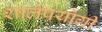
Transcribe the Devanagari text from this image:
शालेपयोगी